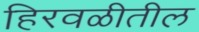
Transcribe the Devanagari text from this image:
हिरवळीतील